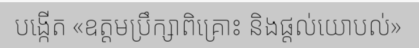
បង្កើត «ឧត្តមប្រឹក្សាពិគ្រោះ និងផ្តល់យោបល់»